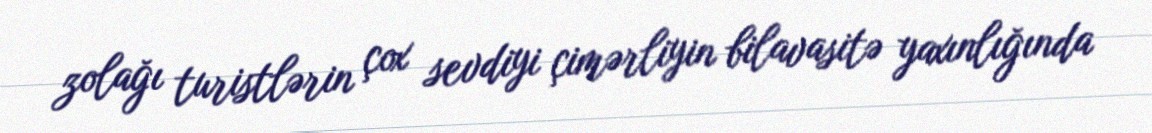
zolağı turistlərin çox sevdiyi çimərliyin bilavasitə yaxınlığında